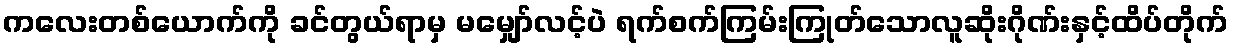
ကလေးတစ်ယောက်ကို ခင်တွယ်ရာမှ မမျှော်လင့်ပဲ ရက်စက်ကြမ်းကြုတ်သောလူဆိုးဂိုဏ်းနှင့်ထိပ်တိုက်